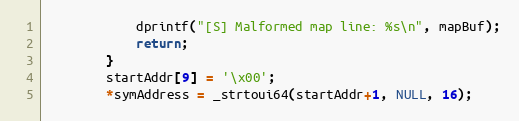
Language: C++
			dprintf("[S] Malformed map line: %s\n", mapBuf);
			return;
		}
		startAddr[9] = '\x00';
		*symAddress = _strtoui64(startAddr+1, NULL, 16);